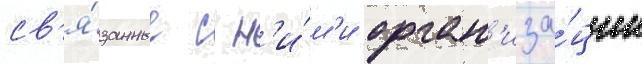
св'я́занные с н'и́м'и орган'иза́ции